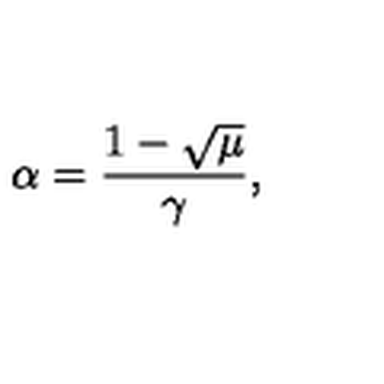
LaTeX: \alpha = \frac { 1 - \sqrt { \mu } } { \gamma } ,